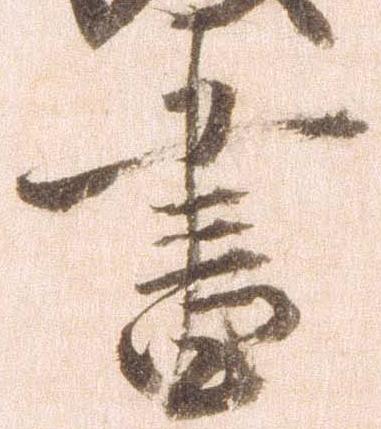
書